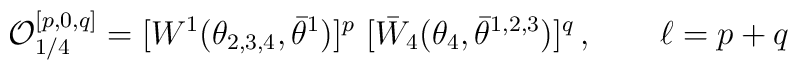
{\cal O}^{[p,0,q]}_{1/4}  = [W^{1}(\theta_{2,3,4}, \bar\theta^{1})]^{p}  \ [\bar W_4(\theta_{4}, \bar\theta^{1,2,3})]^{q}\,, \qquad \ell=p+q